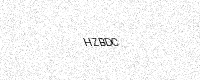
Text: HZBDC